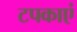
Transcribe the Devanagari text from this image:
टपकाएं